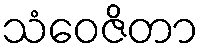
သံဝေဇိတာ